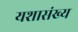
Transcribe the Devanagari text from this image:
यशासंख्य